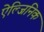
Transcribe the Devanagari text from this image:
ऐल्जिनिक